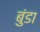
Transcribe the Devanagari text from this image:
बुंडा